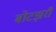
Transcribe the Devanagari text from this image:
बोटझरी